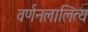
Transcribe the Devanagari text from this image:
वर्णनलालित्य